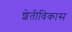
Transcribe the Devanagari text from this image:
शेतीविकास